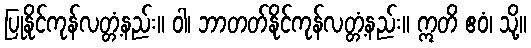
ပြုနိုင်ကုန်လတ္တံ့နည်း။ ဝါ၊ ဘာတတ်နိုင်ကုန်လတ္တံ့နည်း။ ဣတိ ဧဝံ၊ သို့။